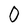
Character: 0